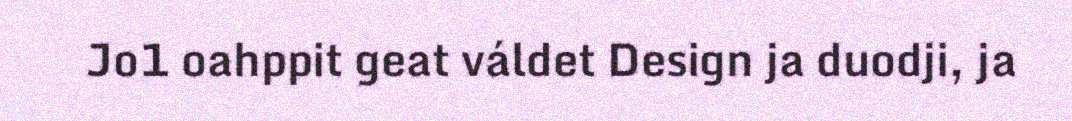
Jo1 oahppit geat váldet Design ja duodji, ja